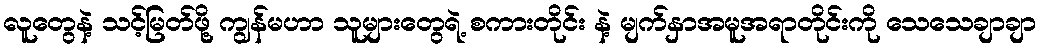
လူတွေနဲ့ သင့်မြတ်ဖို့ ကျွန်မဟာ သူများတွေရဲ့ စကားတိုင်း နဲ့ မျက်နှာအမူအရာတိုင်းကို သေသေချာချာ